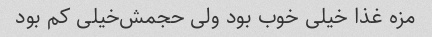
مزه غذا خیلی خوب بود ولی حجمش‌خیلی کم بود